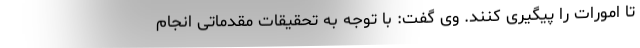
تا امورات را پیگیری کنند. وی گفت: با توجه به تحقیقات مقدماتی انجام